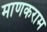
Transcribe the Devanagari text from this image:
माणकराम